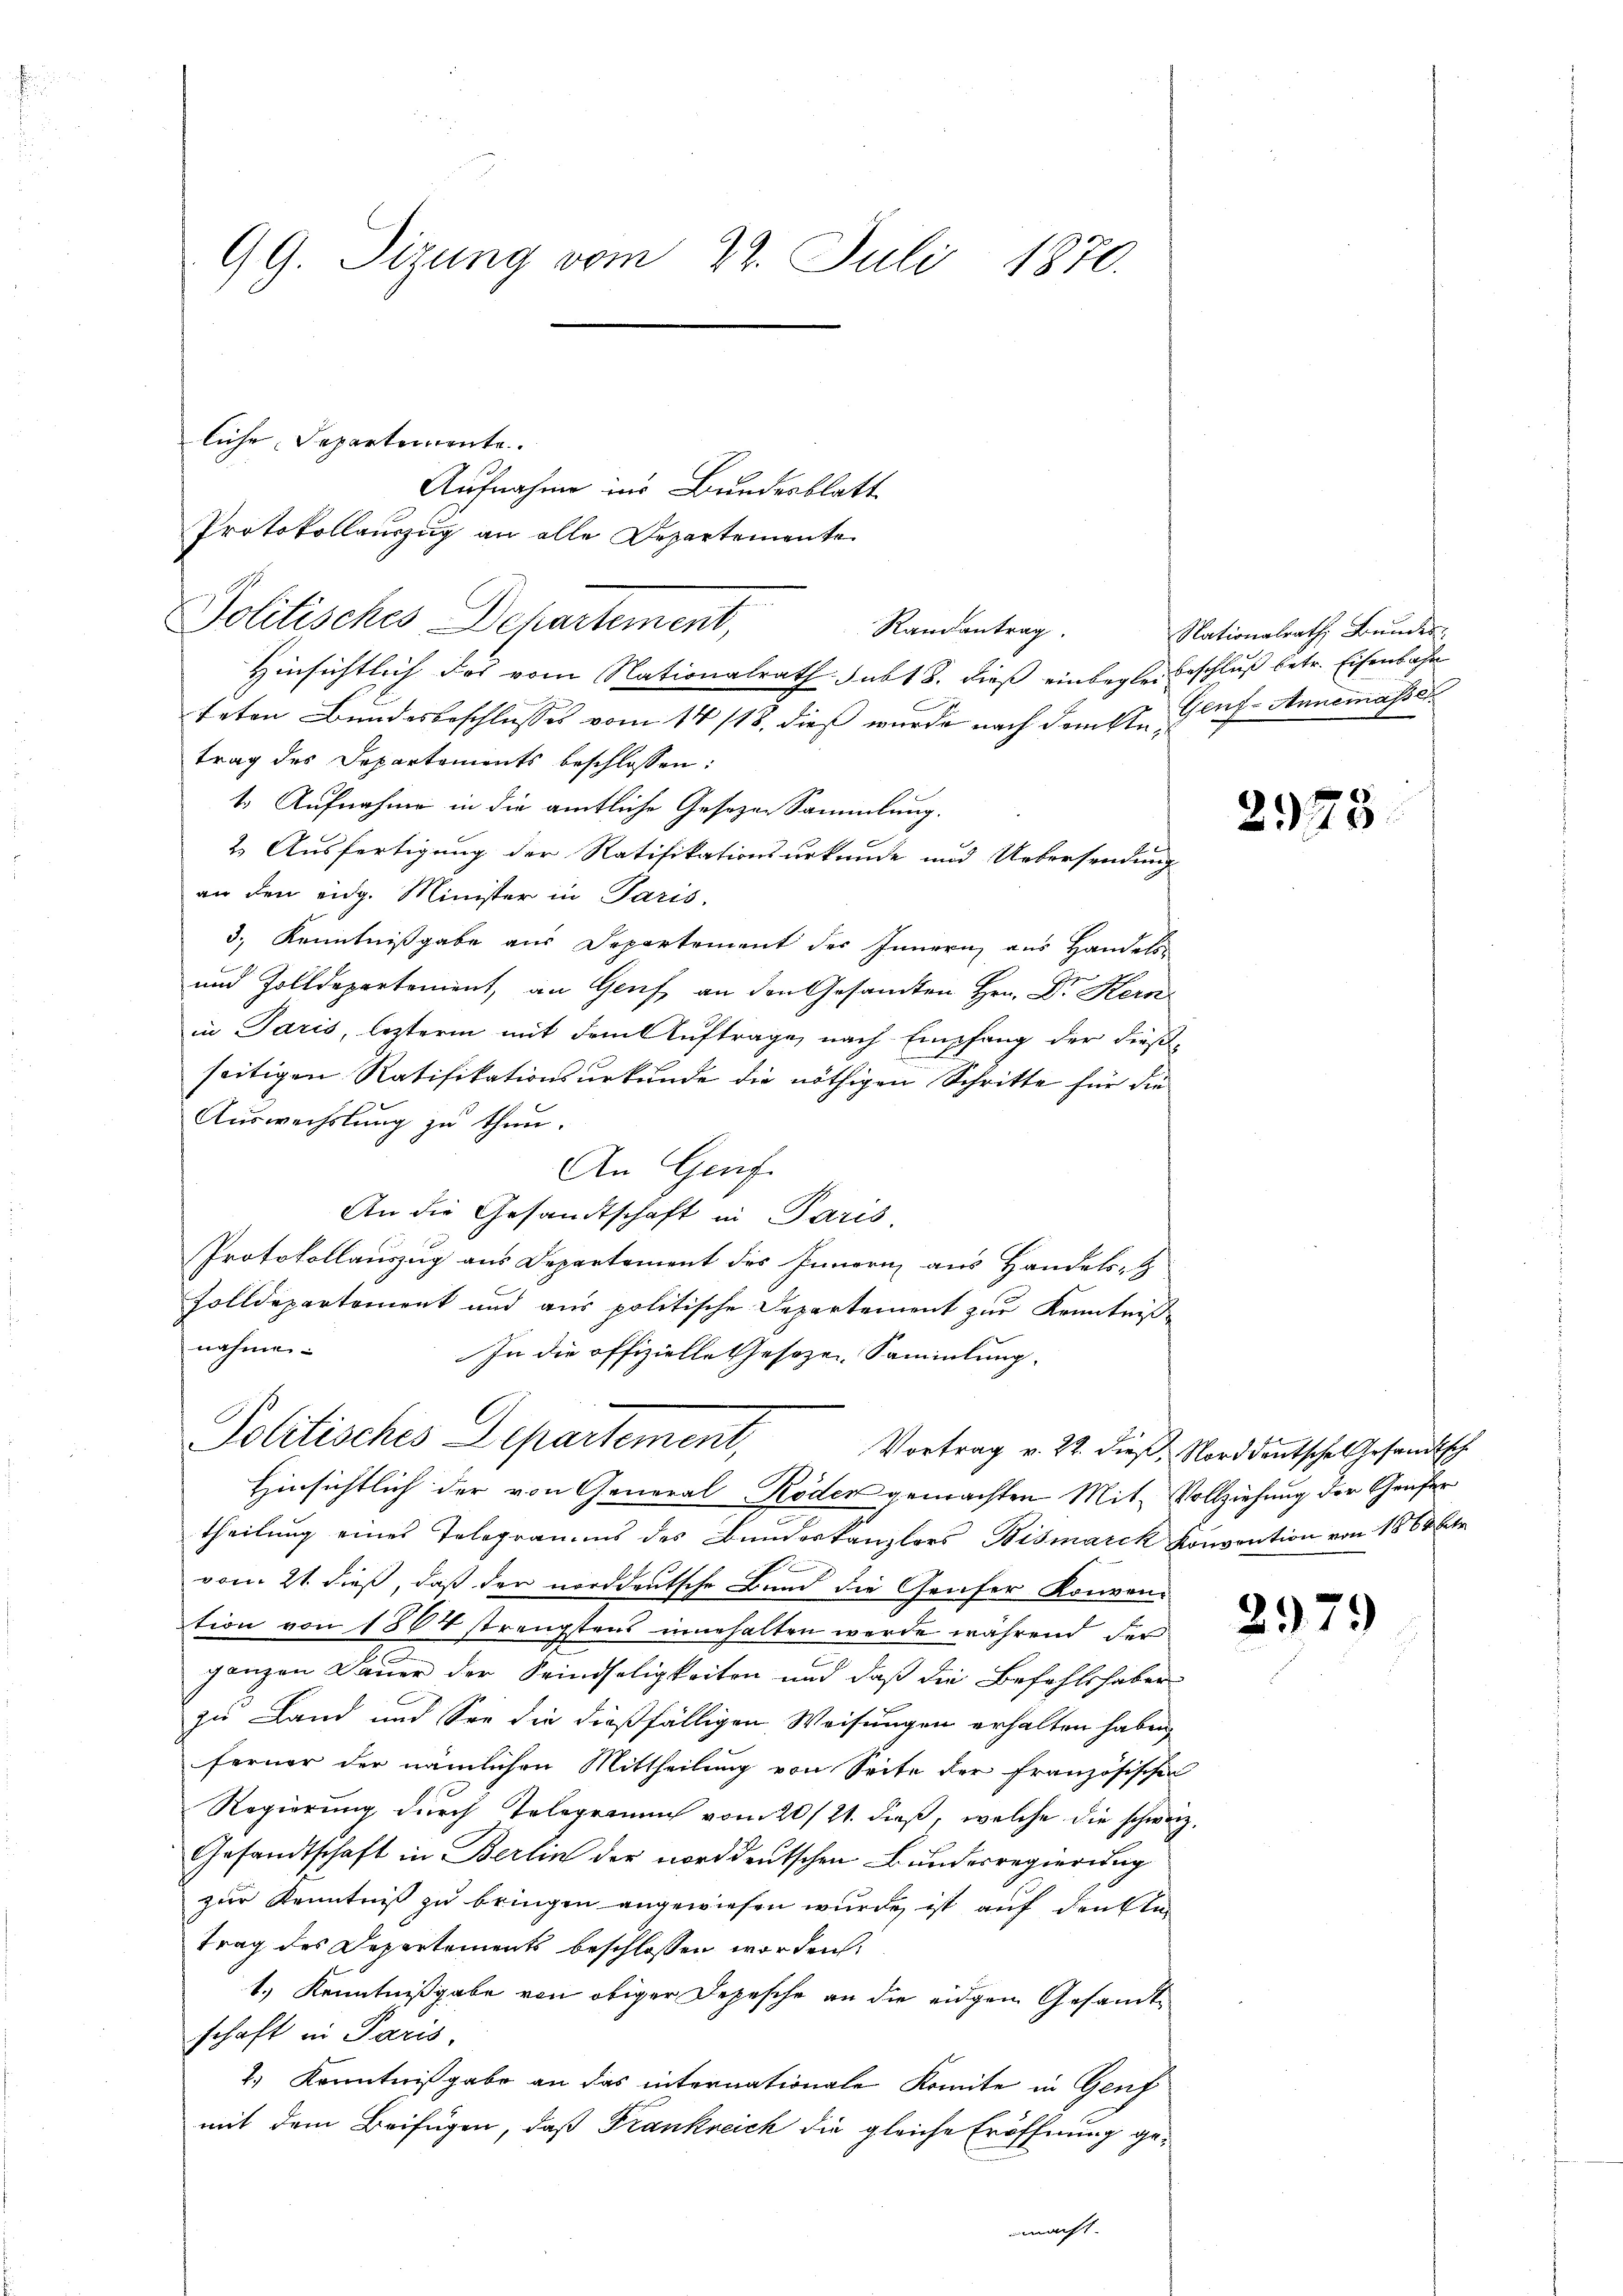
GG. Sizung vom 22. Juli 1870.

Protokollauszug an alle Departemente
Politisches Departement,

liche Departemente.
Aufnahme ins Bundesblatt
Hinsichtlich das vom Nationalrath sub 18. dieß einbegler Beschluß betr. Eisenbahn
teten Bundesbeschlusses vom 14/18. dieß wurde nach demste Glas. Annemasser
trag des Departements beschlossen:
1. Aufnahme in die amtliche Gesezen Sammlung.
2. Ausfertigung der Ratifikationsurkunde und Uebersendung
an den eidg. Minister in Paris,
3.) Kenntnißgabe aus Departement des Innern aus Handels-
und Zolldepartement, an Genf an den Gesandten Hrn. Dr. Kern
in Paris, lezterm mit dem Auftrage, nach Empfang der dießseitigen Ratifikationsurkunde die nöthigen Schritte für die
Auswechslung zu thun.
An Genf.
An die Gesandtschaft in Paris,
Protokollauszug aus Departement des Innern aus Handels-
Zolldepartement und aus politische Departement zur Kenntniß
nahme
In die offizielle Gesezen Sammlung.
A

Randantrag.

Politisches Departement,

Nationalrath Bŭndes.

Hinsichtlich der von General-Röder gemachten Mit Vollziehung der Genfer
theilung eines Telegramms des Bundeskanzlors Bismarck Konvention von 1864 betr
vom 21. dieß, daß der norddeutsche Bund die Genfer Konven-
tion von 1804 strengstens innehalten werde während der
c
ganzen Dauer der Seindseligkeiten und daß die Befehlshaben
zu Land und See die dießfälligen Weisungen erhalten haben
ferner der nämlichen Mittheilung von Seite der französischen
Regierung durch Telegramm vom 20/21. dieß, welche die schweiz.
Gesandtschaft in Berlin der norddeutschen Bundesregierung
zur Kenntniß zu bringen angewiesen wurde ist auf denkli
trag des Departements beschlossen worden.
1.) Kenntnißgabe von obiger Depesche an die eidgem Gesandtschaft in Paris.
2.) Kenntnißgabe an das internationale Komite in Genf
mit dem Beifügen, daß Frankreich die gleiche Eröffnung gemacht.

2378.

Vortrag v. 22. dieβ, Norddeutsche Gesandtsch

2979